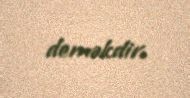
deməkdir.